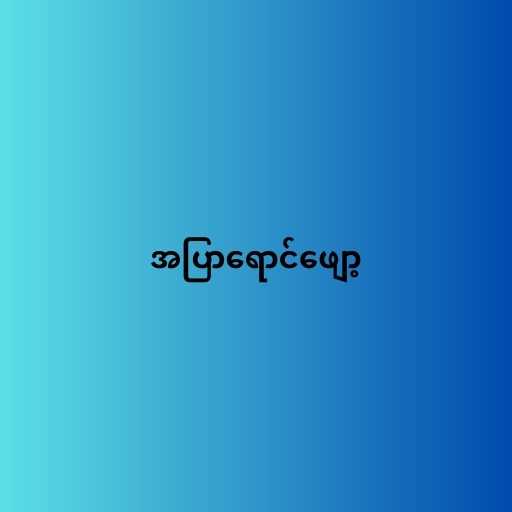
အပြာရောင်ဖျော့